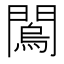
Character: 𨶇